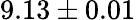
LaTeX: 9.13\pm 0.01